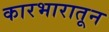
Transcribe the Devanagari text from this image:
कारभारातून